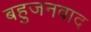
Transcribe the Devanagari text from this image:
बहुजनवाद